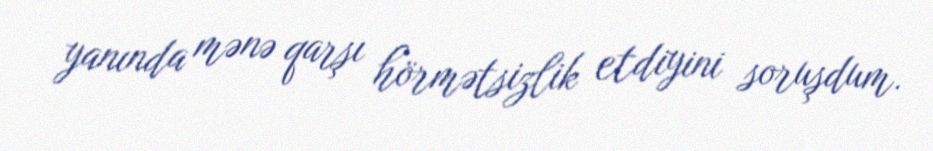
yanında mənə qarşı hörmətsizlik etdiyini soruşdum.